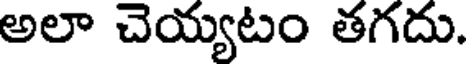
అలా చెయ్యటం తగదు.